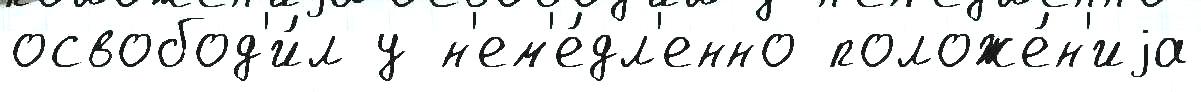
освобод'и́л у н'ем'е́дл'енно положе́н'иjа